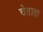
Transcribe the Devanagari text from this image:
चेताता